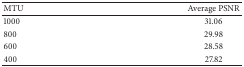
<table><thead><tr><td><b>MTU</b></td><td><b>Average PSNR</b></td></tr></thead><tbody><tr><td>1000</td><td>31.06</td></tr><tr><td>800</td><td>29.98</td></tr><tr><td>600</td><td>28.58</td></tr><tr><td>400</td><td>27.82</td></tr></tbody></table>